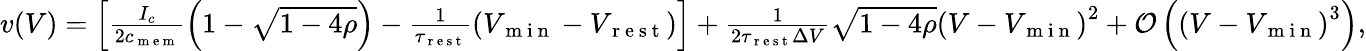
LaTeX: \begin{array}{r}{v(V)=\left[\frac{I_{c}}{2c_{\mathrm{~m~e~m~}}}\left(1-\sqrt{1-4\rho}\right)-\frac{1}{\tau_{\mathrm{~r~e~s~t~}}}\left(V_{\mathrm{~m~i~n~}}-V_{\mathrm{~r~e~s~t~}}\right)\right]+\frac{1}{2\tau_{\mathrm{~r~e~s~t~}}\Delta V}\sqrt{1-4\rho}\left(V-V_{\mathrm{~m~i~n~}}\right)^{2}+\mathcal{O}\left(\left(V-V_{\mathrm{~m~i~n~}}\right)^{3}\right),}\end{array}